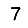
Digit: 7